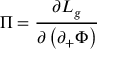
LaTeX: \Pi = { \frac { \partial { \cal L } _ { g } } { \partial \left( \partial _ { + } \Phi \right) } }